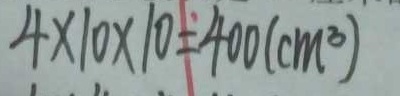
4 \times 1 0 \times 1 0 = 4 0 0 ( c m ^ { 3 } )